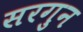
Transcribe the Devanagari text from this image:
सरगुन